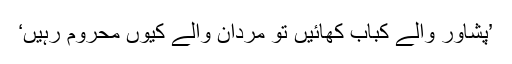
’پشاور والے کباب کھائیں تو مردان والے کیوں محروم رہیں‘